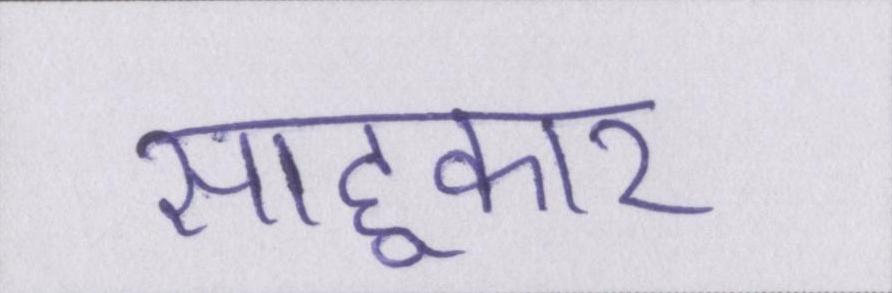
साहूकार